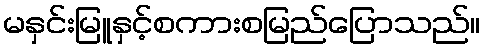
မနှင်းမြူနှင့်စကားစမြည်ပြောသည်။